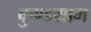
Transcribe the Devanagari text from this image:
कुण्डग्राम